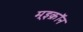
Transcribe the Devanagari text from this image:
म्इक्रॉन